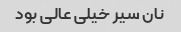
نان سیر خیلی عالی بود